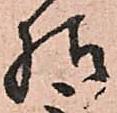
様